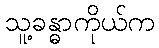
သူ့ခန္ဓာကိုယ်က